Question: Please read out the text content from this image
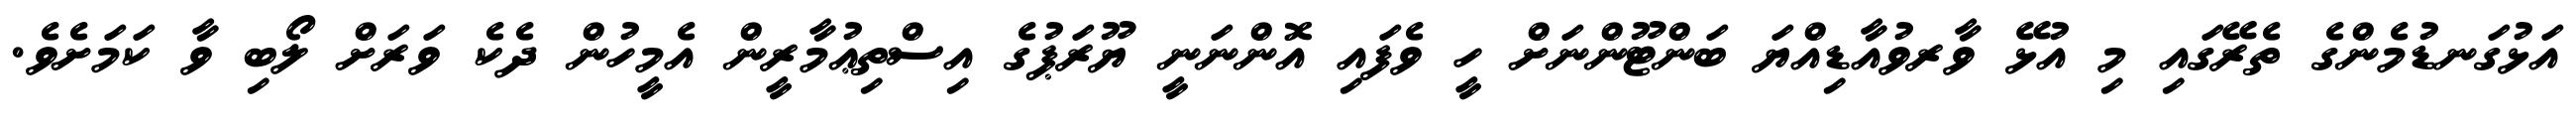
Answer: އަޅުގަނޑުމެންގެ ތެރޭގައި މި އުޅޭ ވާރވުއާޑިއްޔަ ބަންޓޫންނަށް ހީ ވެފައި އޮންނަނީ ޔޫރަޕުގެ އިސްތިޢުމާރީން އެމީހުން ދެކެ ވަރަށް ލޯބި ވާ ކަމަށެވެ.